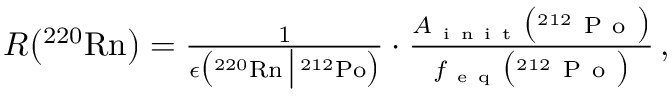
\begin{array} { r } { R \big ( \mathrm { ^ { 2 2 0 } R n } \big ) = \frac { 1 } { \epsilon \big ( { } ^ { 2 2 0 } \mathrm { R n } \, \big | \, { } ^ { 2 1 2 } \mathrm { P o } \big ) } \cdot \frac { A _ { \mathrm { ~ i ~ n ~ i ~ t ~ } } \big ( { } ^ { 2 1 2 } \mathrm { ~ P ~ o ~ } \big ) } { f _ { \mathrm { ~ e ~ q ~ } } \big ( { } ^ { 2 1 2 } \mathrm { ~ P ~ o ~ } \big ) } \, , } \end{array}